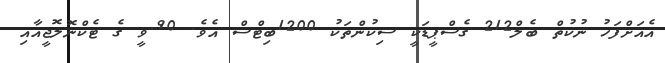
އެއަށްފަހު ނުކުތް ބެލް212 ގެސްޕީޑަކީ ސިކުންތަކު 1200ބިޓްސް އެވެ. 90.ވީ ގެ ޓެކްނޮލޮޖީއާއި